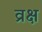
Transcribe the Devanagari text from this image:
व्रक्ष